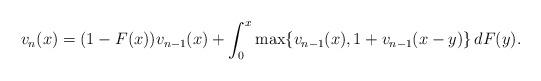
LaTeX: \begin{align*}v_n(x)=(1-F(x)) v_{n-1}(x) + \int_0^x \max \{ v_{n-1}(x), 1+ v_{n-1}(x-y) \}\, dF(y).\end{align*}